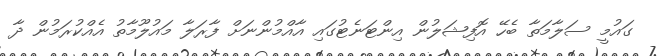
ގައުމީ ސަލާމަތާ ބެހޭ އޮފިޝަލުން އިންޓަނެޓުގައި އާއްމުންނަށް ފާރަލާ މައުލޫމާތު އެއްކުރަމުން ދާ